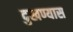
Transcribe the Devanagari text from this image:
दुखण्यास